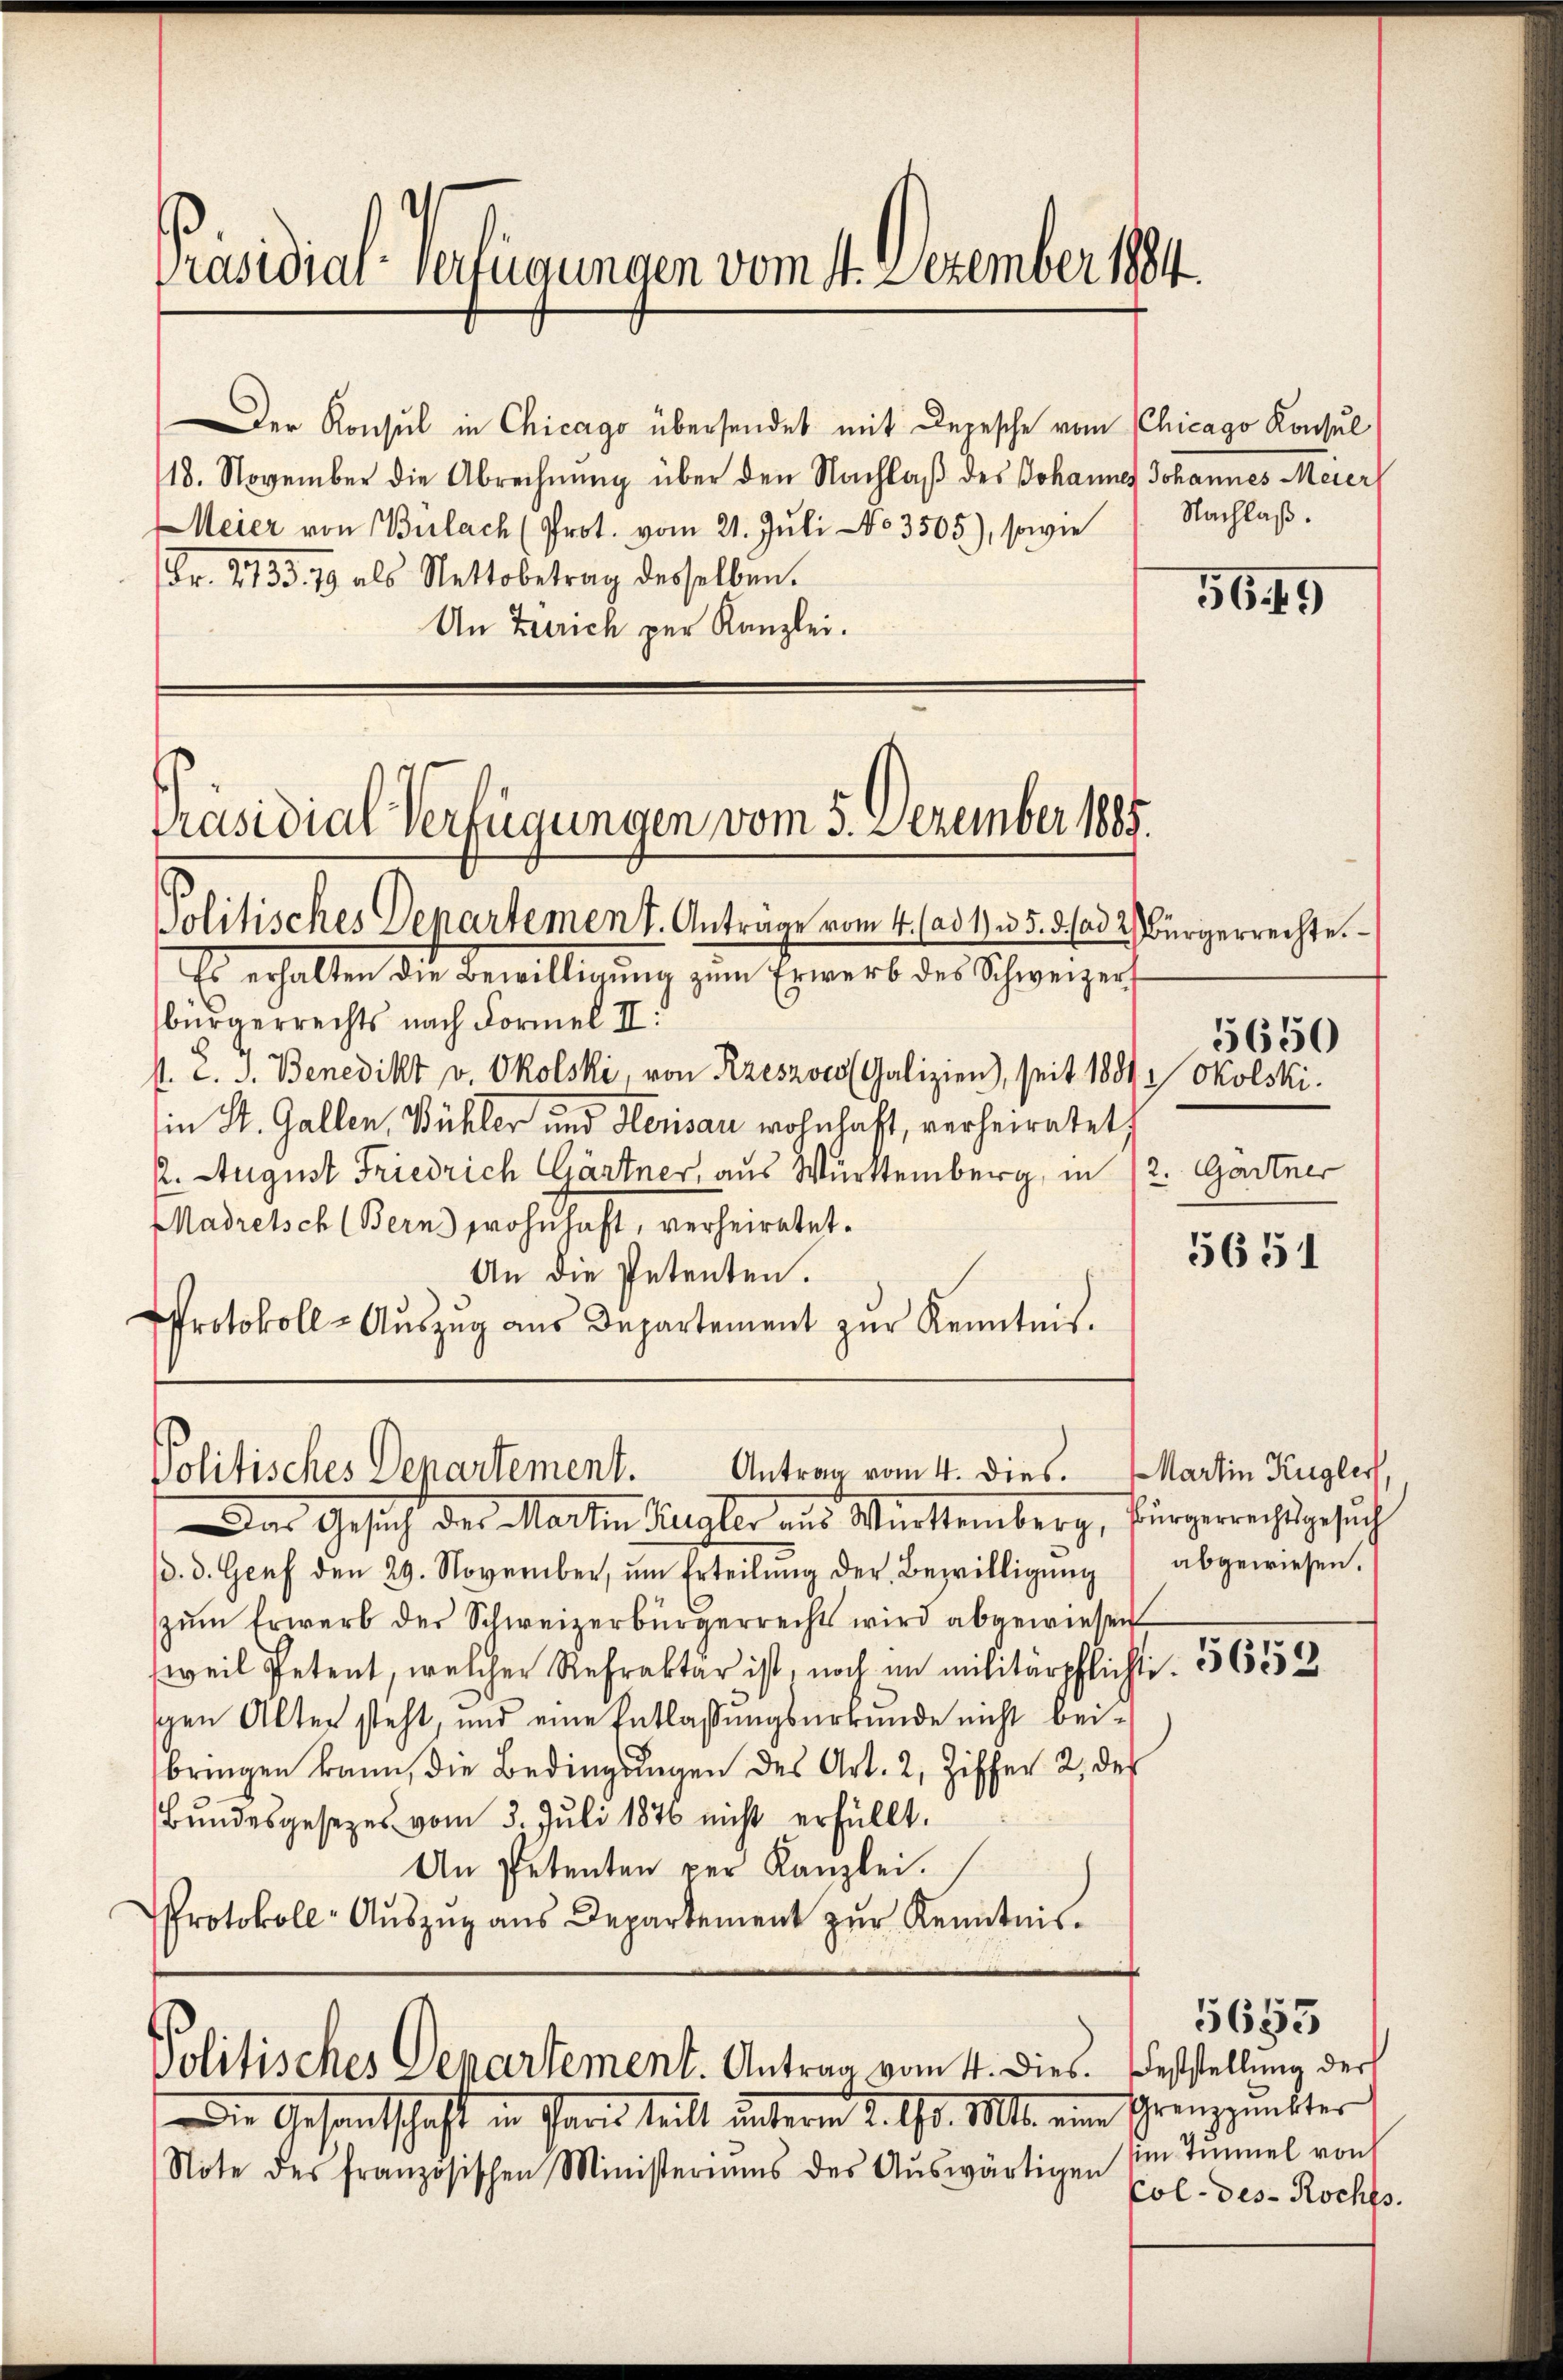
Präsidial-Verfügungen vom 4. Dezember 1884

Der Konsul in Chicago übersendet mit Depesche vom CChicago Konsul
18. November die Abrechnŭng über den Nachlaß des Johannes Johannes Meier
Meier von Bülach (Prot. vom 21. Juli No 3505), sowie
Fr. 2135. 79 als Nettobetrag desselben.
An Zürich per Kanzlei.

Präsidial-Verfügungen vom 5. Dezember 1885.

Politisches Departement. Anträge vom 4. ad 1) u. 5. 5. (ad 2. Bürgerrechte.
Es erhalten die Bewilligung zum Erwerb der Schweizer
bürgerrechts nach Formel II:
s. Z. d. Benedikt v. Okolski, von Rzeszoco (Galizien), seit 1881 Okolski.
in St. Gallen, Bühler und Herisau wohnhaft, verheiratet
2. August Friedrich Gärtner, aus Württemberg, in 12. Gärtner
Madretsch (Berns wohnhaft, verheiratet.
An die Petenten.
Protokoll-Aŭszŭg aŭs Departement zŭr Kenntnis.

Politisches Departement. Antrag vom 4. dies.

Das Gesuch der Machen Liegler aus Württemberg, fürgerrechtsgesuch
d. d. Genf den 29. Noverüber, ŭm Erteilŭng der Bewilligŭng abgewiesen.
zŭm Erwerb der Schweizerbürgerrechts wird abgewiesen
weil Petent, welcher Refrakter ist, noch in militärpflicht. 36552
schen Alter steht, und eine Entlassŭngsurkunde nicht bei-
bringen kann, die Bedingungen des Art. 2, Ziffer 2, des
Bŭndesgesezes vom 3. Juli 1876 nicht erfüllt.
An Petenten per Kanzlei.
Protokoll-Aŭszŭg aŭs Departement zŭr Kenntnis.

Politisches Departement. Antrag vom 4. dies. Feststellung der

Die Gesandtschaft in Paris teilt unterm 2. d. Mts. eine
Note des französischen Ministeriums des Aŭswärtigen

Nachlaß.

565

5650

5651

Martin Kugler

Grenzpunkter
m Immel von
Col- des Rochls.

5653